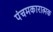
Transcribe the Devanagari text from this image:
पंचमकारात्मक